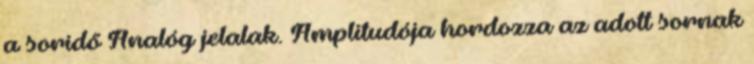
a soridő Analóg jelalak. Amplitudója hordozza az adott sornak